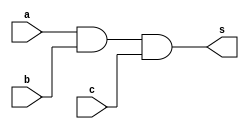
// -------------------------
// Exercicio0008 - AND
// Nome: Flavio Andrade Amaral Motta
// -------------------------

// -------------------------
// -- and gate
// -------------------------
module andgate ( output s,
input a,
input b,
input c);
assign s = a&b&c;
endmodule // andgate
// ---------------------
// -- test and gate
// ---------------------
module testandgate;
// ------------------------- dados locais
reg a, b, c; // definir registradores
wire s; // definir conexao (fio)
// ------------------------- instancia
andgate AND1 (s, a, b, c);
// ------------------------- preparacao
initial begin:start
// atribuicao simultanea
// dos valores iniciais
a=0; b=0; c=0;
end
// ------------------------- parte principal
initial begin
$display("Exercicio0008 - Flavio Andrade Amaral Motta - 392001");
$display("Test AND gate");
$display("\na & b & c = s\n");
a=0; b=0;
$monitor("%b %b %b = %b",a, b, c, s);
#1 c=1;
#2 c=0;
#2 b=1;
#3 c=1;
#4 a=1;
#4 b=0;
#4 c=0;
#4 b=1;
#4 c=1;
end
endmodule // testandgate